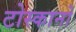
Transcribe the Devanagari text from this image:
टोस्कानो